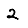
Digit: 2